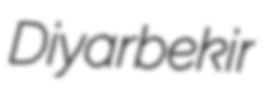
Diyarbekir